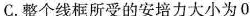
C.整个线框所受的安培力大小为0